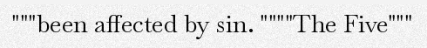
"""been affected by sin. """"The Five"""